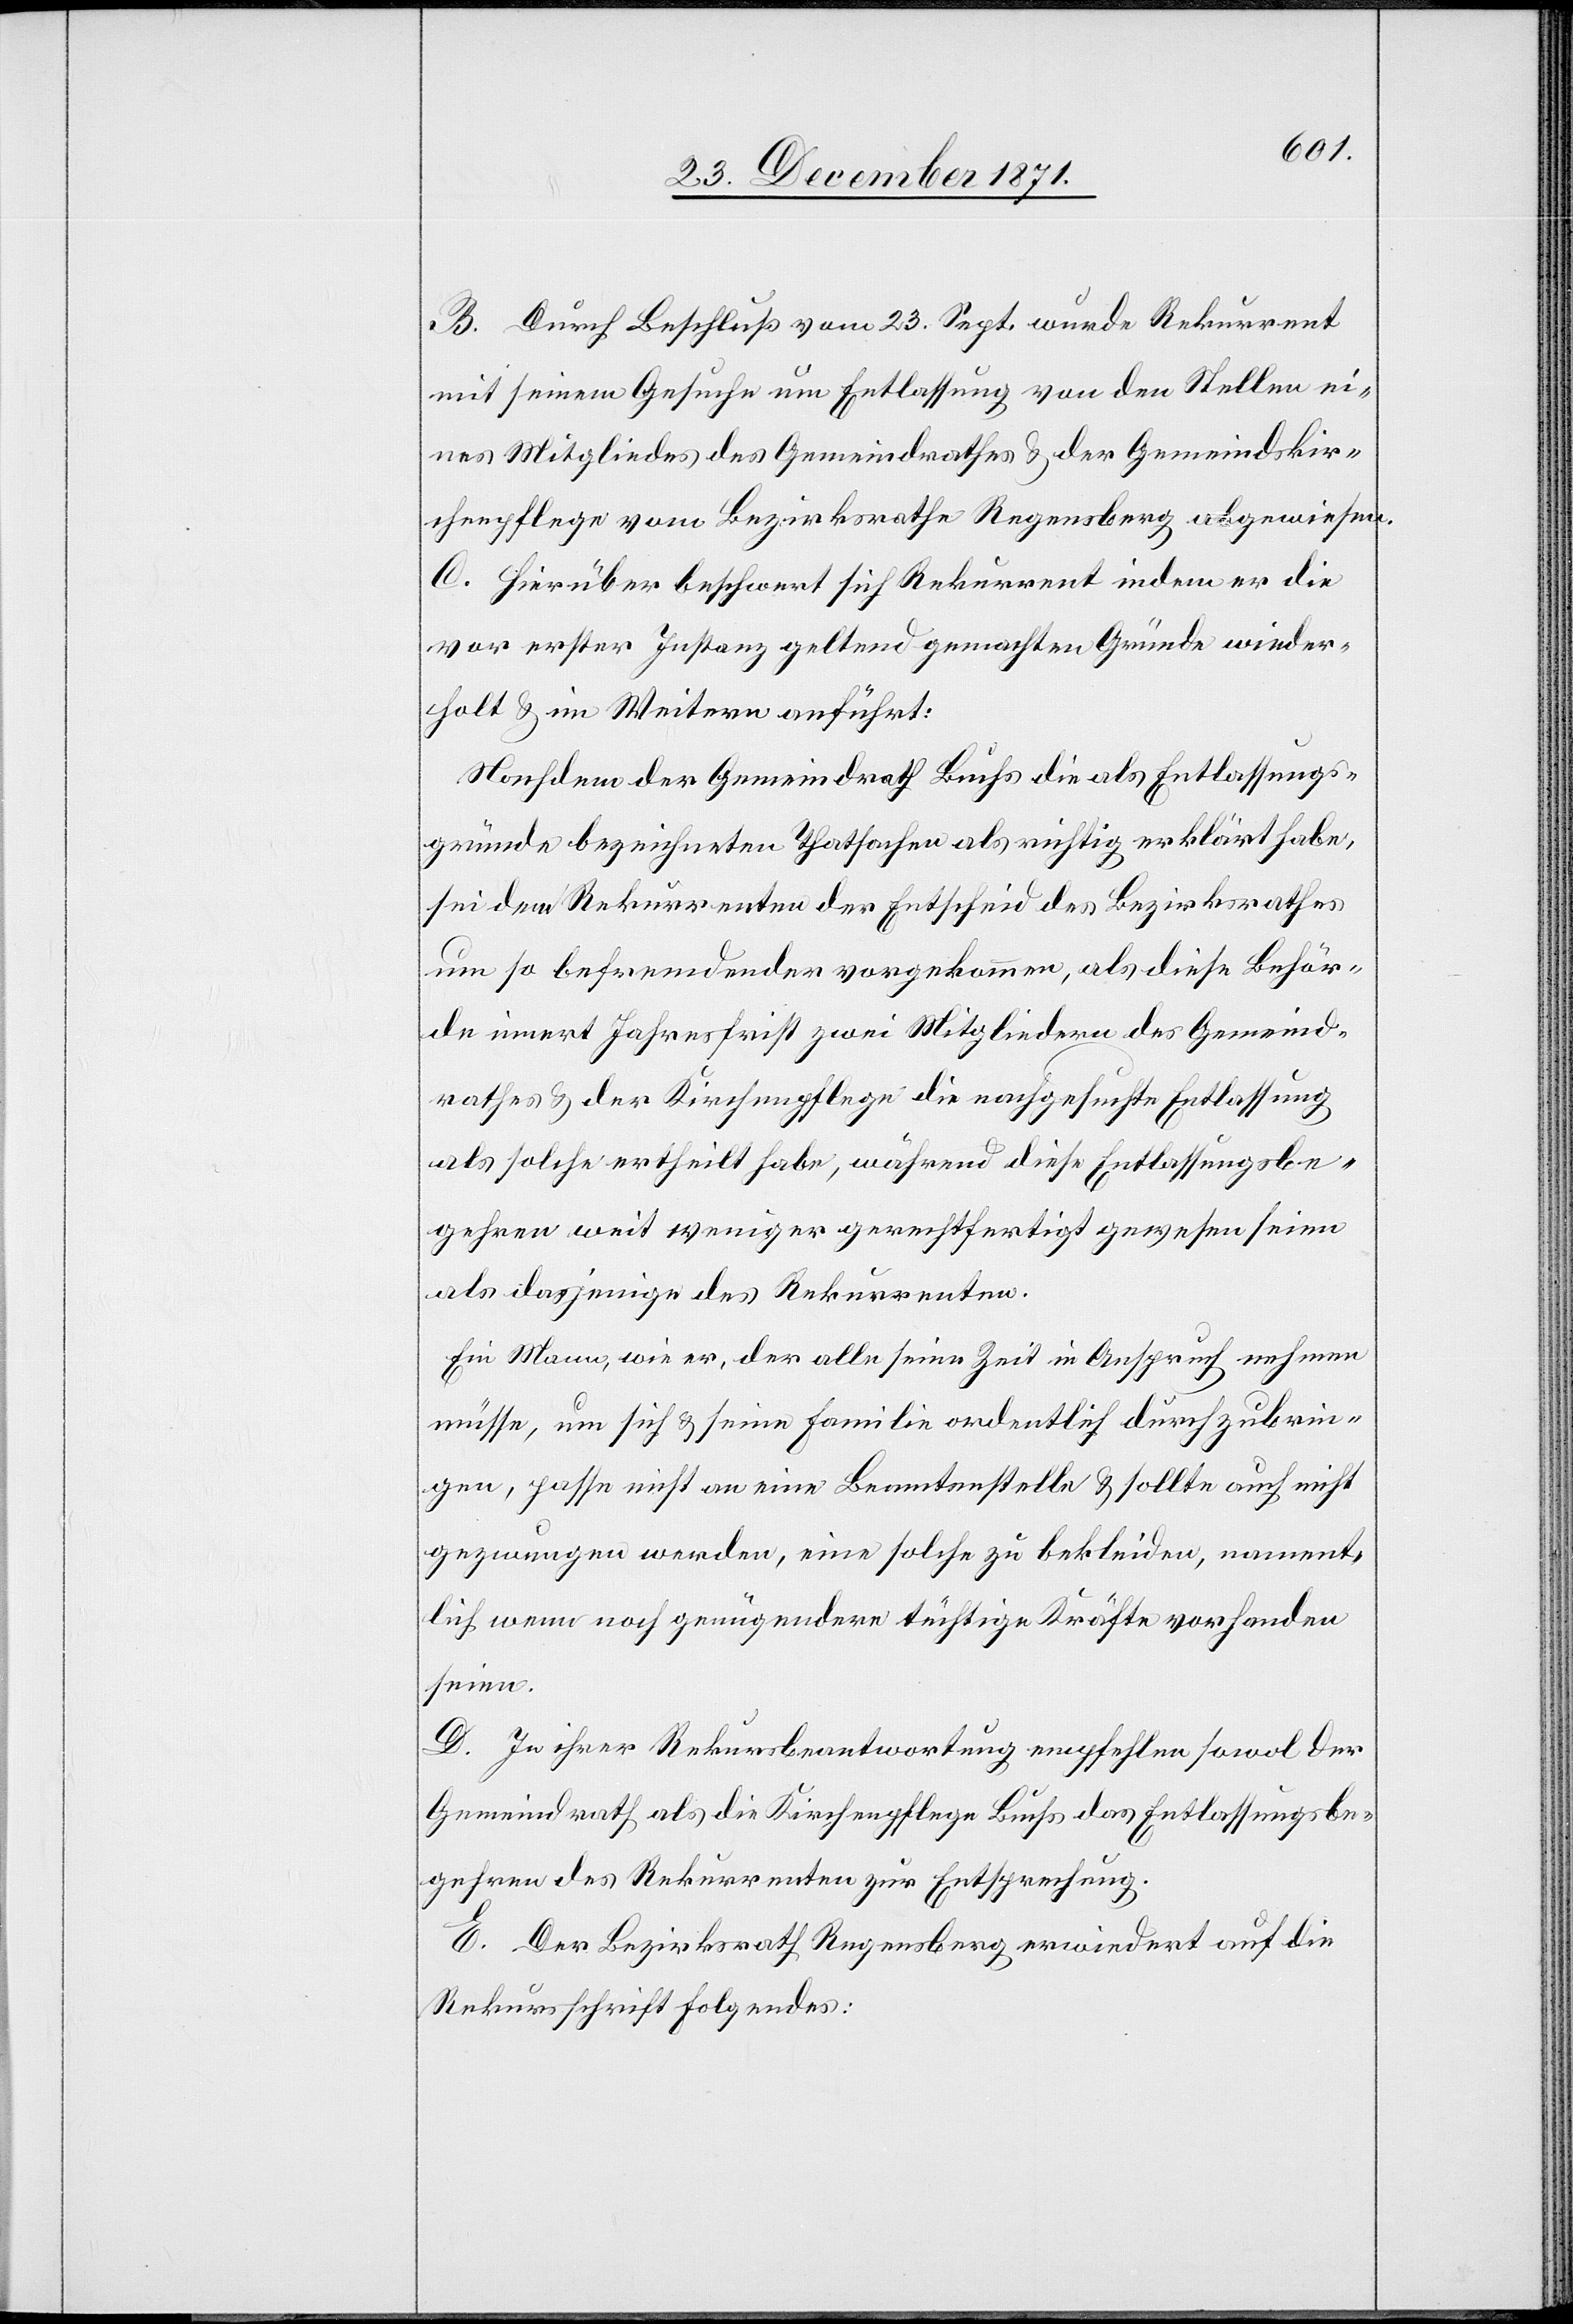
B. Durch Beschluß vom 23. Sept. wurde Rekurrent
mit seinem Gesuche um Entlassung von den Stellen ei¬
nes Mitgliedes des Gemeindrathes & der Gemeindskir¬
chenpflege vom Bezirksrathe Regensberg abgewiesen.
C. Hierüber beschwert sich Rekurrent indem er die
vor erster Instanz geltend gemachten Gründe wieder¬
holt & im Weitern anführt:
Nachdem der Gemeindrath Buchs die als Entlassungs¬
gründe bezeichneten Thatsachen als nichtig erklärt habe,
sei dem Rekurrenten der Entscheid des Bezirksrathes
um so befremdender vorgekommen, als diese Behör¬
de innert Jahresfrist zwei Mitgliedern des Gemeind¬
rathes & der Kirchenpflege die nachgesuchte Entlassungs
als solche ertheilt habe, während diese Entlassungsbe¬
gehren weit weniger gerechtfertigt gewesen seien
als dasjenige des Rekurrenten.
Ein Mann, wie er, der alle seine Zeit in Anspruch nehmen
müsse, um sich & seine Familie ordentlich durchzubrin¬
gen, passe nicht an eine Beamtenstelle & sollte auch nicht
gezwungen werden, eine solche zu bekleiden, nament¬
lich wenn noch genügendere tüchtige Kräfte vorhanden
seien.
D. In ihrer Rekursbeantwortung empfehlen sowol der
Gemeindrath als die Kirchenpflege Buchs das Entlassungsbe¬
gehren des Rekurrenten zur Entsprechung.
E. Der Bezirksrath Regensberg erwiedert auf die
Rekursschrift folgendes: